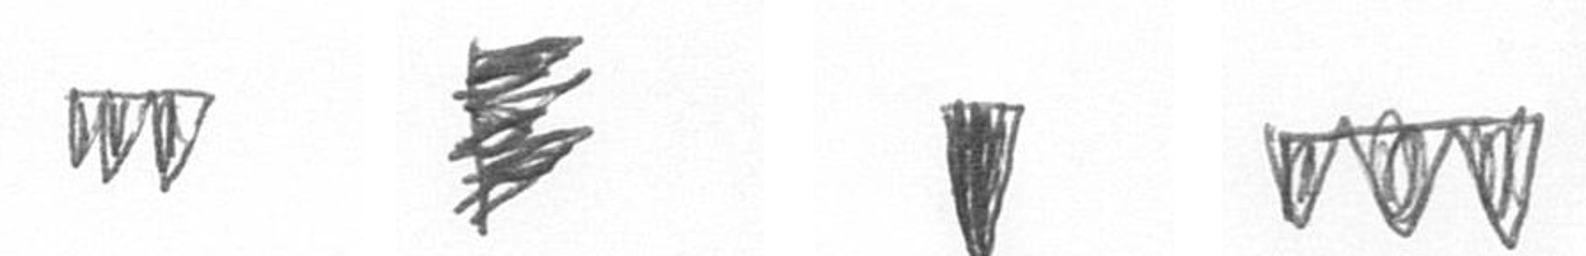
L H J L